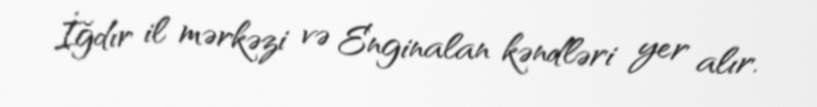
İğdır il mərkəzi və Enginalan kəndləri yer alır.